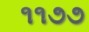
૧૧૭૭